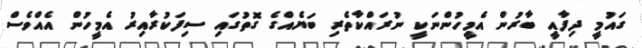
ގައުމީ ދިފާއީ ބާރުން އެމީހުންނަކީ ނުރައްކާތެރި ބަޔެއްގެ ގޮތުގައި ސިފަކުރާއިރު އެމީހުން އެއްވެސް